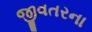
જીવતરના